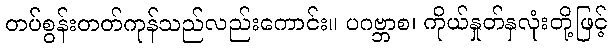
တပ်စွန်းတတ်ကုန်သည်လည်းကောင်း။ ပဂဗ္ဘာစ၊ ကိုယ်နှုတ်နှလုံးတို့ဖြင့်